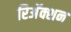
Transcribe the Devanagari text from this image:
रिअॅक्शन